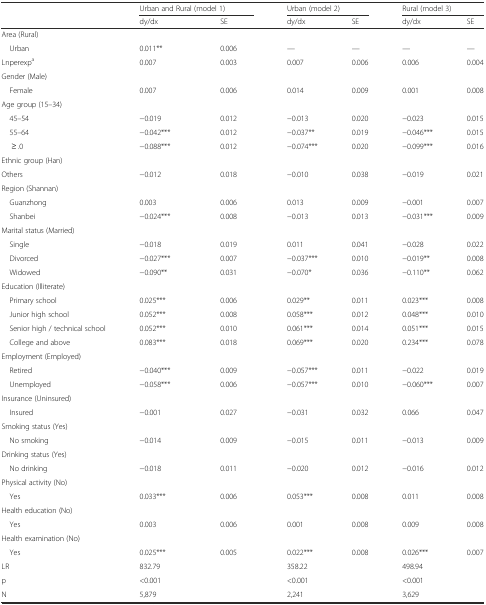
<table><thead><tr><td></td><td colspan="2"><b>Urban and Rural (model 1)</b></td><td colspan="2"><b>Urban (model 2)</b></td><td colspan="2"><b>Rural (model 3)</b></td></tr><tr><td></td><td><b>dy/dx</b></td><td><b>SE</b></td><td><b>dy/dx</b></td><td><b>SE</b></td><td><b>dy/dx</b></td><td><b>SE</b></td></tr></thead><tbody><tr><td>Area (Rural)</td><td></td><td></td><td></td><td></td><td></td><td></td></tr><tr><td> Urban</td><td>0.011**</td><td>0.006</td><td>—</td><td>—</td><td>—</td><td>—</td></tr><tr><td>Lnperexp<sup>a</sup></td><td>0.007</td><td>0.003</td><td>0.007</td><td>0.006</td><td>0.006</td><td>0.004</td></tr><tr><td>Gender (Male)</td><td></td><td></td><td></td><td></td><td></td><td></td></tr><tr><td> Female</td><td>0.007</td><td>0.006</td><td>0.014</td><td>0.009</td><td>0.001</td><td>0.008</td></tr><tr><td>Age group (15–34)</td><td></td><td></td><td></td><td></td><td></td><td></td></tr><tr><td> 45–54</td><td>−0.019</td><td>0.012</td><td>−0.013</td><td>0.020</td><td>−0.023</td><td>0.015</td></tr><tr><td> 55–64</td><td>−0.042***</td><td>0.012</td><td>−0.037**</td><td>0.019</td><td>−0.046***</td><td>0.015</td></tr><tr><td>≥ .0</td><td>−0.088***</td><td>0.012</td><td>−0.074***</td><td>0.020</td><td>−0.099***</td><td>0.016</td></tr><tr><td>Ethnic group (Han)</td><td></td><td></td><td></td><td></td><td></td><td></td></tr><tr><td>Others</td><td>−0.012</td><td>0.018</td><td>−0.010</td><td>0.038</td><td>−0.019</td><td>0.021</td></tr><tr><td>Region (Shannan)</td><td></td><td></td><td></td><td></td><td></td><td></td></tr><tr><td> Guanzhong</td><td>0.003</td><td>0.006</td><td>0.013</td><td>0.009</td><td>−0.001</td><td>0.007</td></tr><tr><td> Shanbei</td><td>−0.024***</td><td>0.008</td><td>−0.013</td><td>0.013</td><td>−0.031***</td><td>0.009</td></tr><tr><td>Marital status (Married)</td><td></td><td></td><td></td><td></td><td></td><td></td></tr><tr><td> Single</td><td>−0.018</td><td>0.019</td><td>0.011</td><td>0.041</td><td>−0.028</td><td>0.022</td></tr><tr><td> Divorced</td><td>−0.027***</td><td>0.007</td><td>−0.037***</td><td>0.010</td><td>−0.019**</td><td>0.008</td></tr><tr><td> Widowed</td><td>−0.090**</td><td>0.031</td><td>−0.070*</td><td>0.036</td><td>−0.110**</td><td>0.062</td></tr><tr><td>Education (Illiterate)</td><td></td><td></td><td></td><td></td><td></td><td></td></tr><tr><td> Primary school</td><td>0.025***</td><td>0.006</td><td>0.029**</td><td>0.011</td><td>0.023***</td><td>0.008</td></tr><tr><td> Junior high school</td><td>0.052***</td><td>0.008</td><td>0.058***</td><td>0.012</td><td>0.048***</td><td>0.010</td></tr><tr><td> Senior high / technical school</td><td>0.052***</td><td>0.010</td><td>0.061***</td><td>0.014</td><td>0.051***</td><td>0.015</td></tr><tr><td> College and above</td><td>0.083***</td><td>0.018</td><td>0.069***</td><td>0.020</td><td>0.234***</td><td>0.078</td></tr><tr><td>Employment (Employed)</td><td></td><td></td><td></td><td></td><td></td><td></td></tr><tr><td> Retired</td><td>−0.040***</td><td>0.009</td><td>−0.057***</td><td>0.011</td><td>−0.022</td><td>0.019</td></tr><tr><td> Unemployed</td><td>−0.058***</td><td>0.006</td><td>−0.057***</td><td>0.010</td><td>−0.060***</td><td>0.007</td></tr><tr><td>Insurance (Uninsured)</td><td></td><td></td><td></td><td></td><td></td><td></td></tr><tr><td> Insured</td><td>−0.001</td><td>0.027</td><td>−0.031</td><td>0.032</td><td>0.066</td><td>0.047</td></tr><tr><td>Smoking status (Yes)</td><td></td><td></td><td></td><td></td><td></td><td></td></tr><tr><td> No smoking</td><td>−0.014</td><td>0.009</td><td>−0.015</td><td>0.011</td><td>−0.013</td><td>0.009</td></tr><tr><td>Drinking status (Yes)</td><td></td><td></td><td></td><td></td><td></td><td></td></tr><tr><td> No drinking</td><td>−0.018</td><td>0.011</td><td>−0.020</td><td>0.012</td><td>−0.016</td><td>0.012</td></tr><tr><td>Physical activity (No)</td><td></td><td></td><td></td><td></td><td></td><td></td></tr><tr><td> Yes</td><td>0.033***</td><td>0.006</td><td>0.053***</td><td>0.008</td><td>0.011</td><td>0.008</td></tr><tr><td>Health education (No)</td><td></td><td></td><td></td><td></td><td></td><td></td></tr><tr><td> Yes</td><td>0.003</td><td>0.006</td><td>0.001</td><td>0.008</td><td>0.009</td><td>0.008</td></tr><tr><td>Health examination (No)</td><td></td><td></td><td></td><td></td><td></td><td></td></tr><tr><td> Yes</td><td>0.025***</td><td>0.005</td><td>0.022***</td><td>0.008</td><td>0.026***</td><td>0.007</td></tr><tr><td>LR</td><td colspan="2">832.79</td><td colspan="2">358.22</td><td colspan="2">498.94</td></tr><tr><td>p</td><td colspan="2">&lt;0.001</td><td colspan="2">&lt;0.001</td><td colspan="2">&lt;0.001</td></tr><tr><td>N</td><td colspan="2">5,879</td><td colspan="2">2,241</td><td colspan="2">3,629</td></tr></tbody></table>